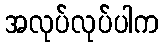
အလုပ်လုပ်ပါက